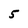
Character: 5